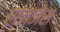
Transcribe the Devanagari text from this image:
संज्ञेस